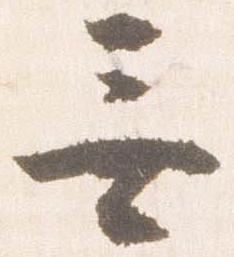
無